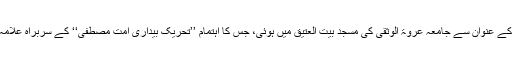
ایک کانفرنس ’’ختم نبوت و وحدت امت‘‘ کے عنوان سے جامعہ عروۃ الوثقیٰ کی مسجد بیت العتیق میں ہوئی، جس کا اہتمام ’’تحریک بیداری امت مصطفیٰ‘‘ کے سربراہ علامہ سید جواد نقوی کی جانب سے کیا گیا تھا۔